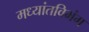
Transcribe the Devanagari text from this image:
मध्यांतविभंग